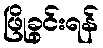
ဖြိုခွင်းရန်